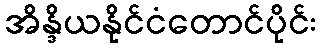
အိန္ဒိယနိုင်ငံတောင်ပိုင်း